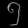
Digit: ၅